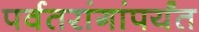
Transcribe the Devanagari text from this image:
पर्वतरांगांपर्यंत